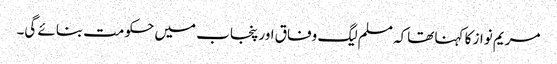
مریم نواز کا کہنا تھاکہ مسلم لیگ وفاق اور پنجاب میں حکومت بنائے گی۔